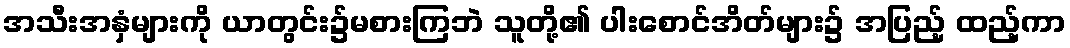
အသီးအနှံများကို ယာတွင်း၌မစားကြဘဲ သူတို့၏ ပါးစောင်အိတ်များ၌ အပြည့် ထည့်ကာ